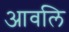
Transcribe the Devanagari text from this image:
आवलि